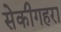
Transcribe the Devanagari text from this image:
सेकीगहरा